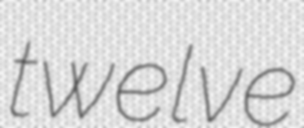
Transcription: twelve